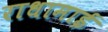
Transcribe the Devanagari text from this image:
राधामाई